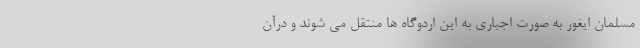
مسلمان ایغور به صورت اجباری به این اردوگاه ها منتقل می شوند و درآن